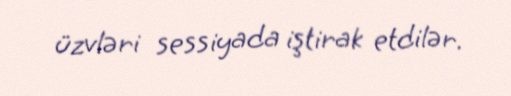
üzvləri sessiyada iştirak etdilər.